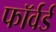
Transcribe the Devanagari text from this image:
फाॅर्वर्ड